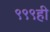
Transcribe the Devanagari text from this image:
९९९ही